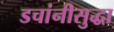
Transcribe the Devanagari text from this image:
डचांनीसुद्धा